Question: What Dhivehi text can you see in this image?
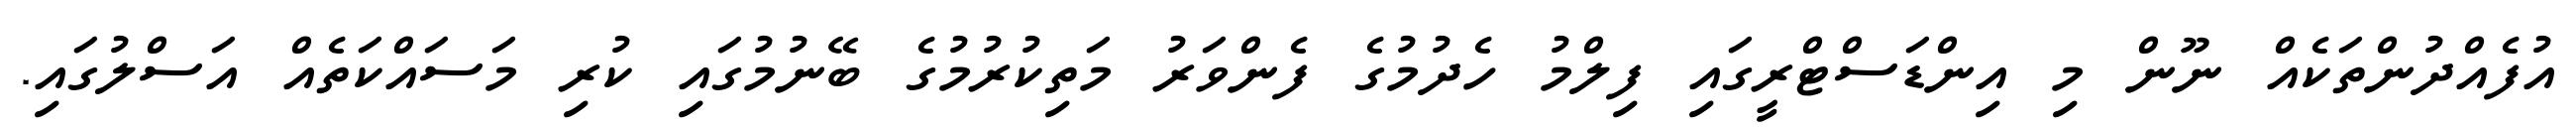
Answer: އުފެއްދުންތަކެއް ނޫން މި އިންޑަސްޓްރީގައި ފިލްމު ހެދުމުގެ ފެންވަރު މަތިކުރުމުގެ ބޭނުމުގައި ކުރި މަސައްކަތެއް އަސްލުގައި.